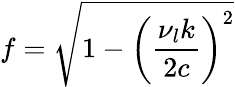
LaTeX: f=\sqrt{1-\left(\frac{\nu_{l}k}{2c}\right)^{2}}